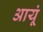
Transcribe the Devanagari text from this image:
आयूं